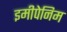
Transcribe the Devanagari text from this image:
इमीपेनिम